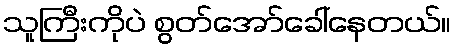
သူကြီးကိုပဲ စွတ်အော်ခေါ်နေတယ်။